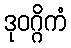
ဒုဝဂ္ဂိကံ